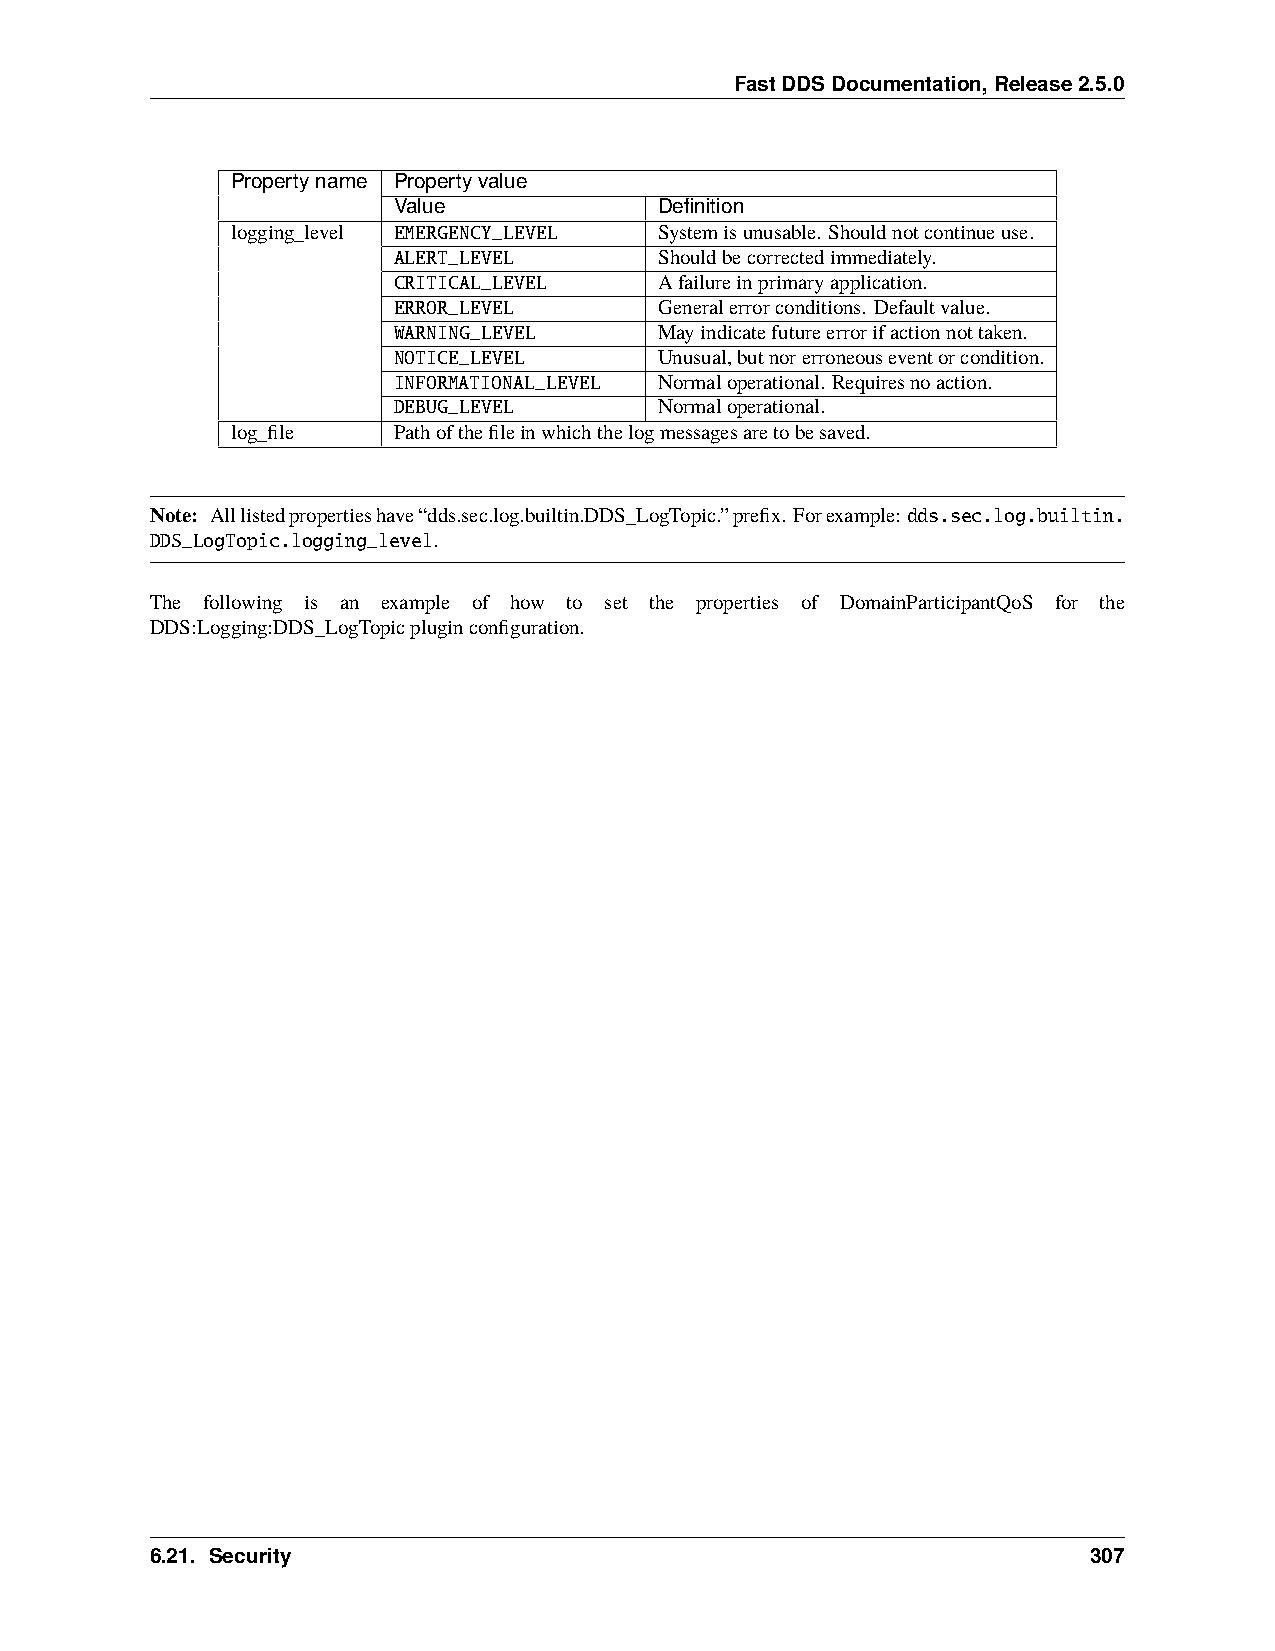
FastDDSDocumentation,Release2.5.0
 Propertyname Propertyvalue
 Value             Definition
 logging_level EMERGENCY_LEVEL Systemisunusable. Shouldnotcontinueuse.
 ALERT_LEVEL       Shouldbecorrectedimmediately.
 CRITICAL_LEVEL    Afailureinprimaryapplication.
 ERROR_LEVEL       Generalerrorconditions. Defaultvalue.
 WARNING_LEVEL     Mayindicatefutureerrorifactionnottaken.
 NOTICE_LEVEL      Unusual,butnorerroneouseventorcondition.
 INFORMATIONAL_LEVEL Normaloperational. Requiresnoaction.
 DEBUG_LEVEL       Normaloperational.
 log_file   Pathofthefileinwhichthelogmessagesaretobesaved.
 Note: Alllistedpropertieshave“dds.sec.log.builtin.DDS_LogTopic.”prefix. Forexample:dds.sec.log.builtin.
 DDS_LogTopic.logging_level.
 The following is an example of how to set the properties of DomainParticipantQoS for the
 DDS:Logging:DDS_LogTopicpluginconfiguration.
 6.21. Security                                                307